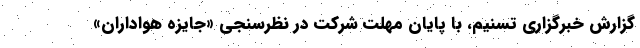
گزارش خبرگزاری تسنیم، با پایان مهلت شرکت در نظرسنجی «جایزه هواداران»